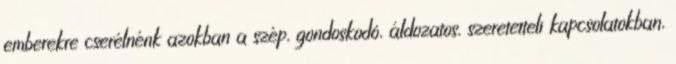
emberekre cserélnénk azokban a szép, gondoskodó, áldozatos, szeretetteli kapcsolatokban,